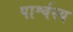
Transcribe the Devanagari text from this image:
पार्श्वस्य